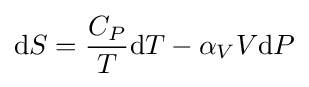
\mathrm {d} S={\frac {C_{P}}{T}}\mathrm {d} T-\alpha _{V}V\mathrm {d} P